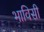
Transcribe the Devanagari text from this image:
भाविसी